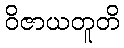
ဝိဇာယတူတိ